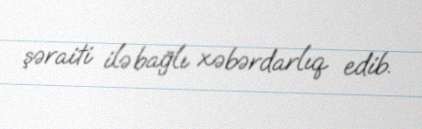
şəraiti ilə bağlı xəbərdarlıq edib.